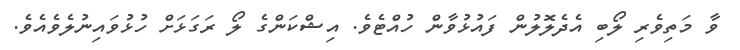
ވާ މަތިވެރި ލޯބި އެދެލޮލުން ފައުޅުވާން ހުއްޓެވެ. އިޝްކަންގެ ލޯ ރަގަޅަށް ހުޅުވައިނުލެވެއެވެ.